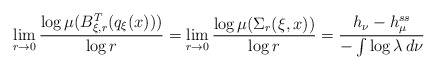
\begin{align*}\lim _{r \rightarrow 0} \frac{\log \mu ( B ^T _{\xi, r} ( q _\xi (x) ) )}{\log r} = \lim _{r \rightarrow 0} \frac{\log \mu ( \Sigma _r ( \xi , x ) )}{\log r} = \frac{ h _\nu - h _{\mu } ^{ss} }{ - \int \log \lambda \, d \nu }\end{align*}